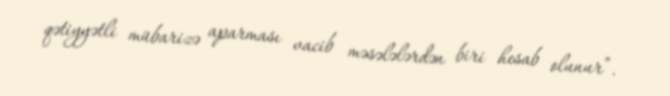
qətiyyətli mübarizə aparması vacib məsələlərdən biri hesab olunur”.